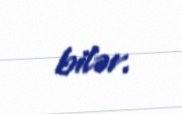
bilər.